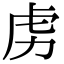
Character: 虏